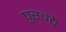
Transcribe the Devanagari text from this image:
पुरवठे